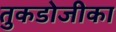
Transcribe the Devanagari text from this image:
तुकडोजीका